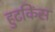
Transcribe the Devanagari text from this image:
हुटकिंस